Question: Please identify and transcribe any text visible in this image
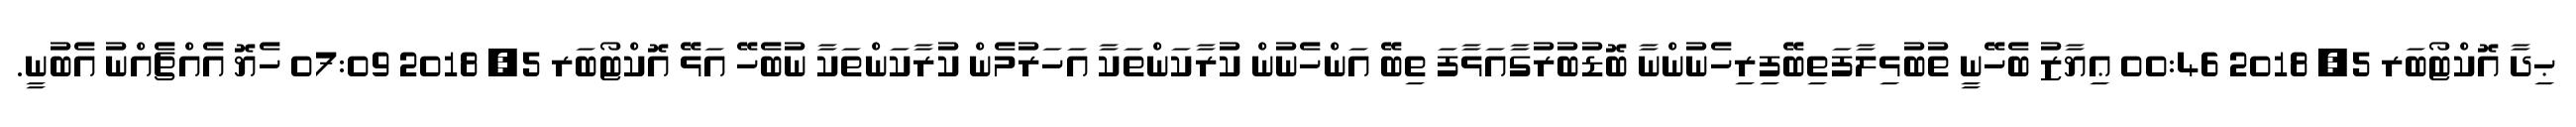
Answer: ޙިދާ އޮކްޓޯބަރ 5, 2018 00:46 ޢިޔާޒު ބެހޭނީ ތުބުޅިލާފަތިބޭފިރިހެނުންނާ ބޮޑުބުރުގާއަޅާފަ ތިބޭ އަންހެނުން ކުރާކަންތަކާ އަހަރުމެން ކުރާކަންތަކާ ނުބެހޭ އަޅޭ އޮކްޓޯބަރ 5, 2018 07:09 ހެޔޮ އެއްޗެއްނު އެބުނީ.